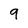
Character: 9